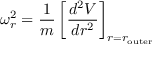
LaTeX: \omega _ { r } ^ { 2 } = { \frac { 1 } { m } } \left[ { \frac { d ^ { 2 } V } { d r ^ { 2 } } } \right] _ { r = r _ { \mathrm { o u t e r } } }